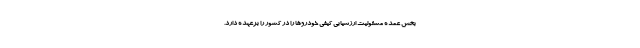
بخش عمده مسئولیت ارزشیابی کیفی خودروها را در کشور را برعهده دارد.